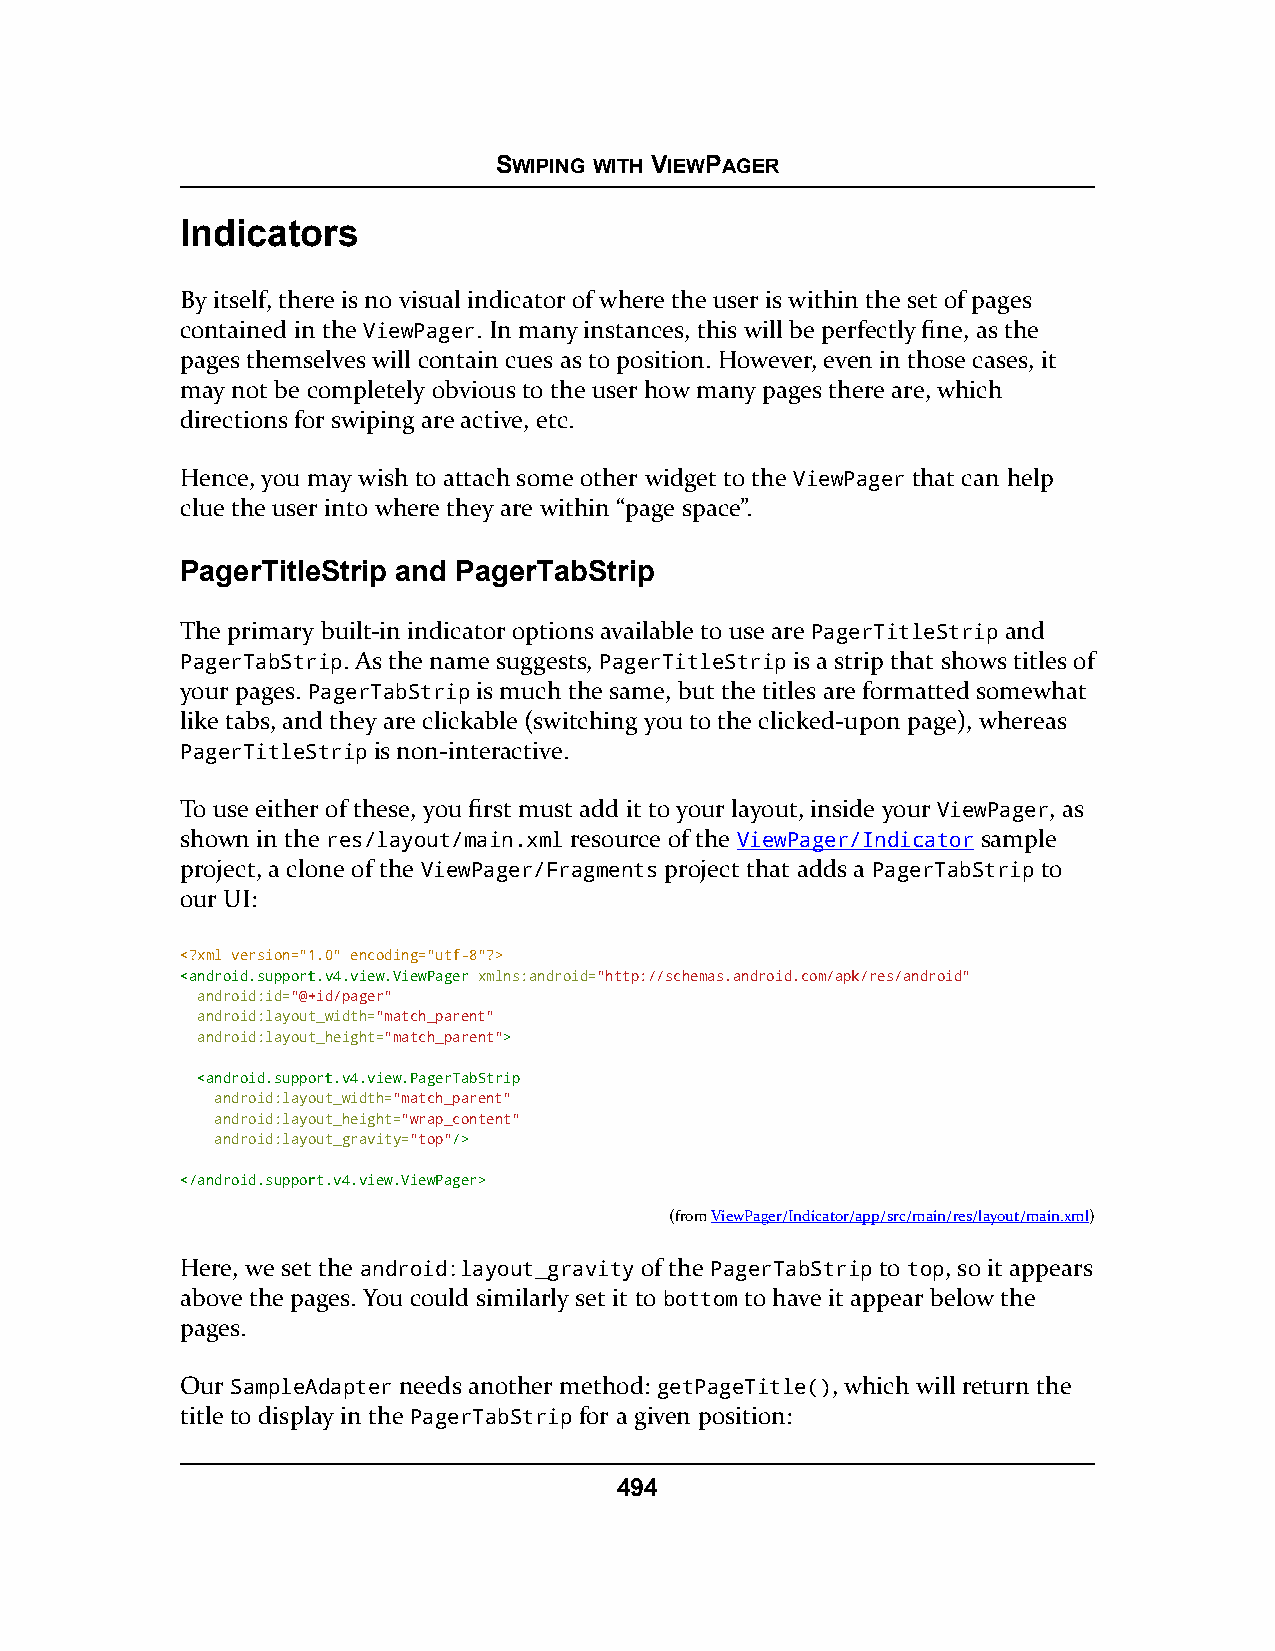
SWIPING WITH VIEWPAGER
 Indicators
 By itself, there is no visual indicator of where the user is within the set of pages
 contained in the ViewPager. In many instances, this will be perfectly fine, as the
 pages themselves will contain cues as to position. However, even in those cases, it
 may not be completely obvious to the user how many pages there are, which
 directions for swiping are active, etc.
 Hence, you may wish to attach some other widget to the ViewPager that can help
 clue the user into where they are within “page space”.
 PagerTitleStrip and PagerTabStrip
 The primary built-in indicator options available to use are PagerTitleStrip and
 PagerTabStrip. As the name suggests, PagerTitleStrip is a strip that shows titles of
 your pages. PagerTabStrip is much the same, but the titles are formatted somewhat
 like tabs, and they are clickable (switching you to the clicked-upon page), whereas
 PagerTitleStrip is non-interactive.
 To use either of these, you first must add it to your layout, inside your ViewPager, as
 shown in the res/layout/main.xml resource of the ViewPager/Indicator sample
 project, a clone of the ViewPager/Fragments project that adds a PagerTabStrip to
 our UI:
 <?xml version="1.0" encoding="utf-8"?>
 <<aannddrrooiidd..ssuuppppoorrtt..vv44..vviieeww..VViieewwPPaaggeerr xmlns:android="http://schemas.android.com/apk/res/android"
 android:id="@+id/pager"
 android:layout_width="match_parent"
 android:layout_height="match_parent">>
 <<aannddrrooiidd..ssuuppppoorrtt..vv44..vviieeww..PPaaggeerrTTaabbSSttrriipp
 android:layout_width="match_parent"
 android:layout_height="wrap_content"
 android:layout_gravity="top"//>>
 <<//aannddrrooiidd..ssuuppppoorrtt..vv44..vviieeww..VViieewwPPaaggeerr>>
 (fromViewPager/Indicator/app/src/main/res/layout/main.xml)
 Here, we set the android:layout_gravity of the PagerTabStrip to top, so it appears
 above the pages. You could similarly set it to bottom to have it appear below the
 pages.
 Our SampleAdapter needs another method: getPageTitle(), which will return the
 title to display in the PagerTabStrip for a given position:
 494